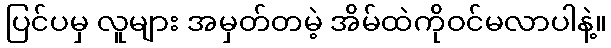
ပြင်ပမှ လူများ အမှတ်တမဲ့ အိမ်ထဲကိုဝင်မလာပါနဲ့။